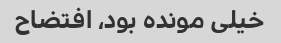
خیلی مونده بود، افتضاح